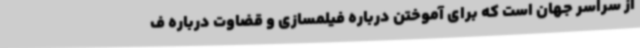
از سراسر جهان است که برای آموختن درباره فیلمسازی و قضاوت درباره ف